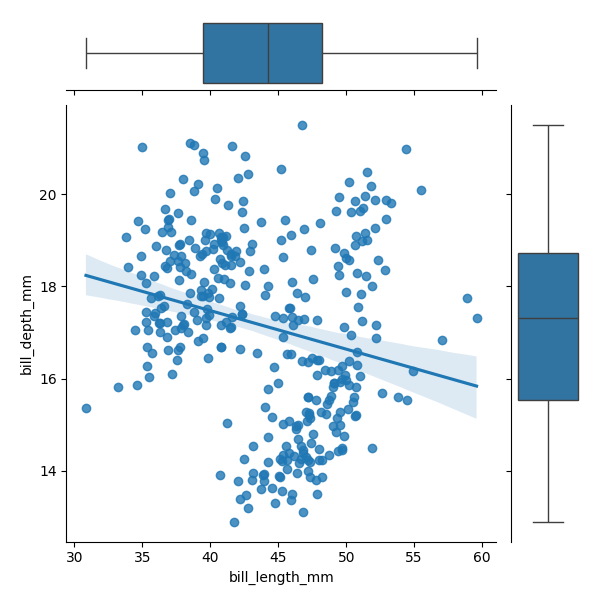
python, seaborn, JointGrid, regplot, boxplot